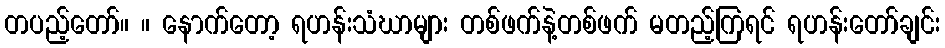
တပည့်တော်။ ။ နောက်တော့ ရဟန်းသံဃာများ တစ်ဖက်နဲ့တစ်ဖက် မတည့်ကြရင် ရဟန်းတော်ချင်း